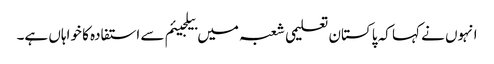
انہوں نے کہا کہ پاکستان تعلیمی شعبہ میں بیلجیئم سے استفادہ کا خواہاں ہے۔